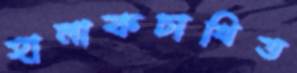
হালাকচাখিত